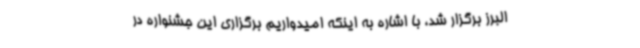
البرز برگزار شد، با اشاره به اینکه امیدواریم برگزاری این جشنواره در